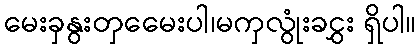
မေးခှနွးတှမေေးပါ၊မကှလွုံးခငွှး ရှိပါ။